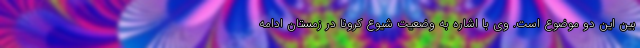
بین این دو موضوع است. وی با اشاره به وضعیت شیوع کرونا در زمستان ادامه